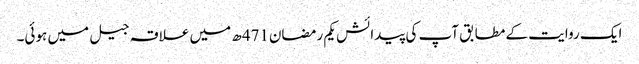
ایک روایت کے مطابق آپ کی پیدائش یکم رمضان471ھ میں علاقہ جیل میں ہوئی۔